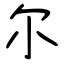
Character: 尔